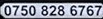
0750 828 6767